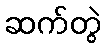
ဆက်တွဲ